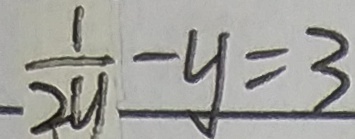
\frac { 1 } { - 2 y } - y = 3